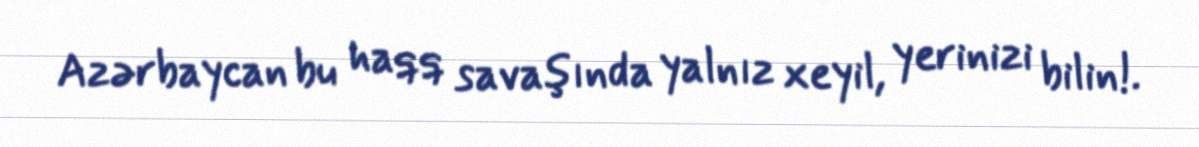
Azərbaycan bu haqq savaşında yalnız xeyil, yerinizi bilin!.